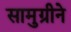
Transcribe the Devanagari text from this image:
सामुग्रीने